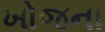
ખોજના